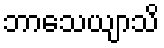
ဘာသေယျာသိ